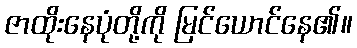
ဇာထိုးနေပုံတို့ကို မြင်ယောင်နေ၏။